Lunatic asylums Madras 1892-1911 - 1892-1911
Year: 1892
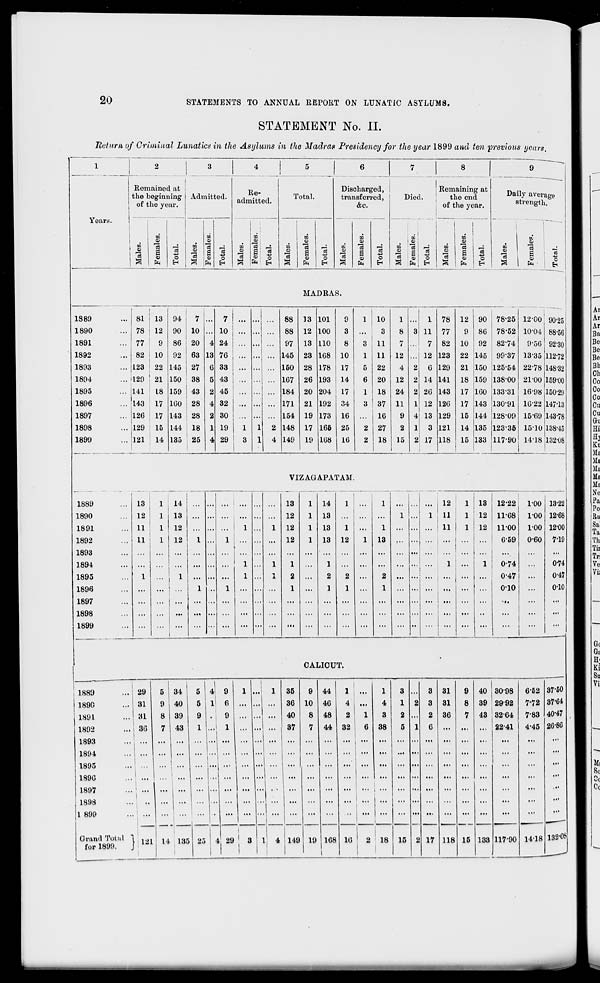
20
STATEMENTS TO ANNUAL REPORT ON LUNATIC ASYLUMS.
STATEMENT No. II.
Betum of Criminal Lunatics in the Asylums in the Madras Presidency for the year 1899 and ten previous years.
1
Rom
theb
oft
2
14 1
nng
ar.
3
4
e-
tted.
5
Dis
trai
6
7
|
8
gat
1
ar.
9
^
Years.
ainec
egini
le ye
Admitted.
R
admi
Total.
sharged,
isferred,
&c.
|
Died.
Remainin
the em
of the ye
Dai
G
|
ly aver
trengtl
age
L.
1
|
1
~~ —
1 CO
42
"3
OS
CD
1
s
CD
"3 -p o
a
a
- 1
a s 3 o
EH
CO
I
1 i
3 P
a
»
3' 3
t EH
m
Q
*3
CO
CD
"(3
1
ft
o
in
00
3
"3
in
CD
"3
a
CO
fa
a
-p
o
EH
00
a |
. i
OQ ,
.2
"e3 i
Si ^5
o
00
CD
. !
DO
V
» i
8
ea 1
* 1
"3 ■+=
o
EH
00
CD
1
u.
£
r.
CD
o
fe • ! E<
MADRAS.
1S89
i
81 13 94 ! 7 .. . 7
88 13 101
9
1 10
1
1 78 12 90 78-25 12-00 90-25
1890
78 12 90 | 10 .. . 10
... .
88 12 100
3
...
3
8 3 11 77
9 86 78-52 10-04 88-56
1891
77 9 so: 20 4 24 ... .
97 13 110
8
3 11
7
7 82 10 92 82-74
9-50 92-30
1892
82 10 92 63 1 3 76;
. i
145 23 1G8 10
1 11 12
12 123 22 145 99-37 13-35 112*72
1893
128 22 145 1 ! 27 3 33 ! ... . " •" 150 28 178 17
5 22
4 2 6 129 21 150 125-54 22-78 148-32
1894
129 ! 21 150 38 5 43 | ...
167 26 193 14
6 20 12 2 14 141 18 159 138-00 21-00 159-00
1895
141 ; L8 159 43 2 45 : ...
t
•• 1 ••■
184 20 204 17
1 18 24 2 26 143 17 160 133-31 16-98 150-20
1896
143 ! 17 1G0 28 4 32
... .
171 21 192 34
3 37 11 1 12 126 17 143 130-91 1022 147-13
1897
126 ! 17 143 28 2 30 i ...
154 19 173 16
...
16
9 4 13 129 15 144 128-09 15-09 143-78
1898
129 ! 15 144 18 1 19
l
1
2 148 17 165 25
2 27
2 1 3 121 14 135 123-36 15-10 138-45
1899
121
14 135 25 4 29
3 1 4 149 19 168 16
2 18 15 2 17 118 15 133 117-90 14-18 132-08
1889
VIZAOAPATAM.
13
1
14
13
1 14
1
...
1
12
1 13 12-22
1-00 13-22
1890
12
1
13 ...
.
...
12
1 13
...
...
...
1 ...
1
11
1 12 11-68
1-00 12-68
1891
11
1
12
...
1
1 12
1
13
1
...
1
... ... ...
11
1 12 11-00
1-00 12-00
1892
11
1
12
1 .
1
...
12
1 13 12
1
13
... ... i ...
...
6-59
0-60 7-19
1893
...
...
...
...
.
...
...
...
...
..,
...
...
... ... ...
...
...
...
...
...
1894
...
... . .
1
1
1
...
1
...
...
...
... ...
1
...
1
0-74
0-74
1895
1
1
... .
1
-i
2 ...
2
2 ...
2 ... ... ...
...
...
0-47
...
0-47
1896
...
... , ...
1
1
...
1
...
1
1
...
1
... ... ...
...
...
010
...
o-io
1897
...
...
... .
...
...
...
...
...
...
...
... ... ...
...
...
..
...
...
1898
...
...
...
... .
...
...
...
...
...
...
...
... ... ...
...
...
• •
...
...
1899
...
'
... .
...
...
...
...
...
,"
•• ...
...
...
...
...
CALICUT.
•
I 1889
29
5 34
5 -
1
1
4 9
1 . ..! ,
35
9 44
i ...
1
3
3 31
9 40 3098
6-52 37-50
1890
31
9 40
5 1 6 ... . .. ...
36 10 46
4 ...
4
1 2 3 31
8 39 2992
7-72 37'64
1 1891
ai 8 39 9 . 9 ... .. ... 40 8 48 2 1 3 2 ... 2 36 7 43 32-64 7-83 40-47
1892
36
7 | 43 1 . . 1 ... .. ... 1 37 7 44 32 6 38
5 1 6 ...
...
22-41
4-45 26-80
1893
...
...
...
...
... ( ...
...
... ... ...
...
...
...
...
...
...
1894
1
i ••' ... 1 - . 1 ' *"
...
...
...
... j ...
...
... ... ...
...
...
...
...
...
...
1895
1
i
...!. .. ...
...
1 -
...
...
...
...
...
... ... ...
...
...
...
...
...
...
1890
.
...
i
"• !
..1 ...
1
...
...
...
...
...
... I ... ... ... ... ... ... ...
...
...
...
1897
i
...
...
1
... ...
...
...
...
...
...
... , ...
... ... ...
...
...
...
...
...
"
1898
...
...
■"'
... ... ...
...
...
...
...
...
...
... ... ...
...
...
...
...
...
...
I 899
' i
...
1 '•'
. ...
... ...1 ... i ...
i 1
...
...
... i M ' i
... ... ...
...
...
...
...
...
Grand Total
for 1899.
) 181 l U 13E » 25 4 29 1 3
j
! 1 4 149 19 168
!
16
2
i
18
1
15 2 17 118 15 133 117-90 1418 132-08